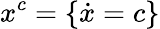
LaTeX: x^{c}=\{ \dot{x}=c\}